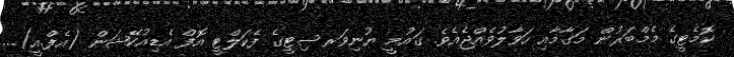
ކޮމެޓީގެ މެމްބަރުން މަގާމާއި ހަވާލުވެއްޖެއެވެ. ގައުމީ ޔުނިވަރސިޓީގެ ފެކަލްޓީ އޮފް އެޑިއުކޭޝަން (އެފް.އީ)...